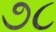
૭૮